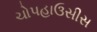
ચોપહાઉસીસ